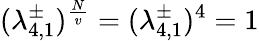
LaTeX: (\lambda_{4,1}^{\pm})^{\frac{N}{v}}=(\lambda_{4,1}^{\pm})^{4}=1